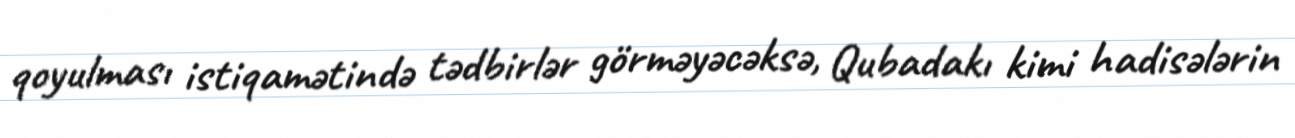
qoyulması istiqamətində tədbirlər görməyəcəksə, Qubadakı kimi hadisələrin